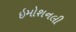
ઇમોશનલી